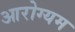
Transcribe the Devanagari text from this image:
आरोग्यम